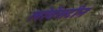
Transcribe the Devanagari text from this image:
लोवेंसटीन